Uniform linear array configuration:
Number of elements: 12
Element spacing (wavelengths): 0.25
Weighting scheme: uniform
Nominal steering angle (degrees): -30
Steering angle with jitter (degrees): -29.825
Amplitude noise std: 0.05
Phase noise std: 0.05

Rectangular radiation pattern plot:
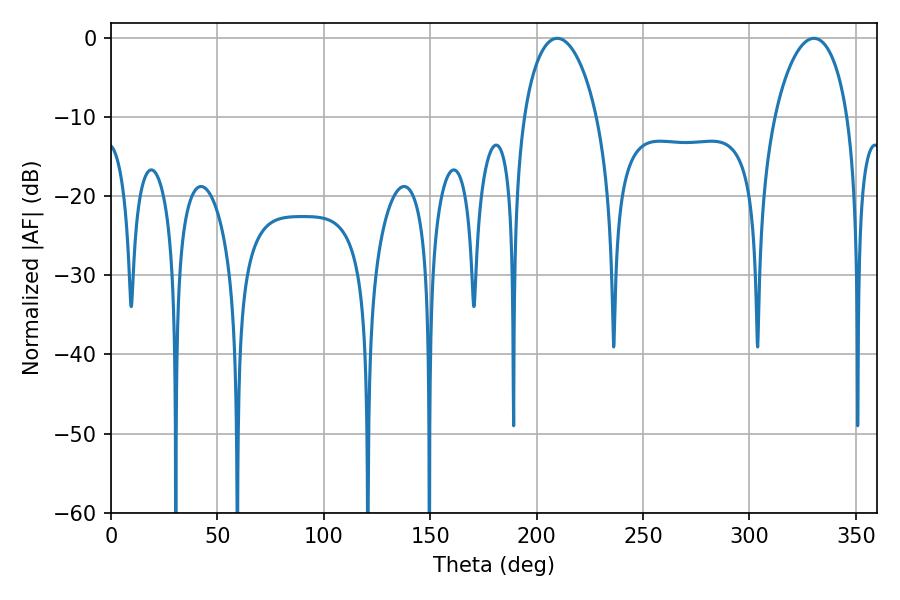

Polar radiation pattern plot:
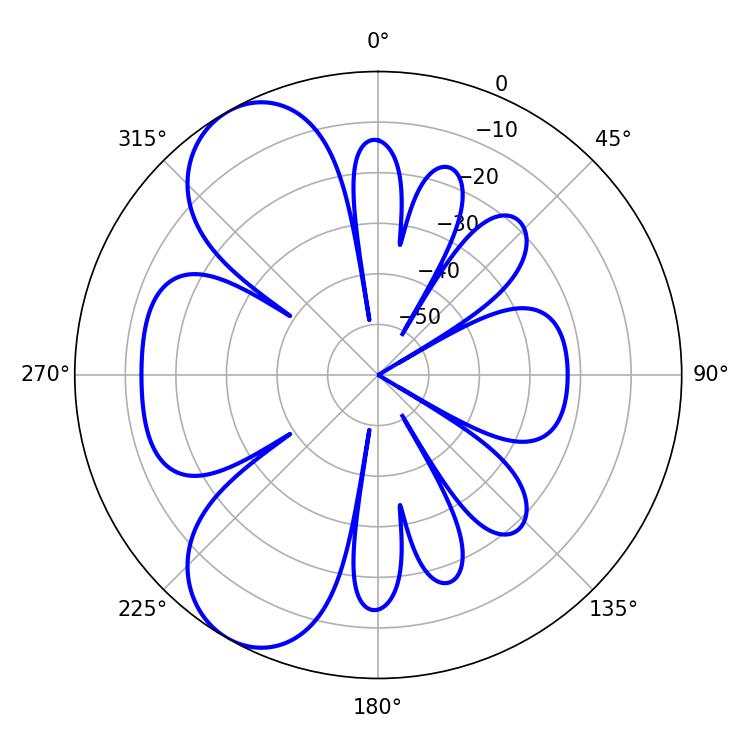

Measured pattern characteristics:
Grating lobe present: FALSE
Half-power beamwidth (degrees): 19.62
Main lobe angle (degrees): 330.3